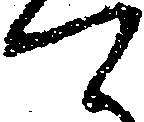
て